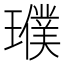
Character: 𤪟